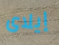
إيلاى